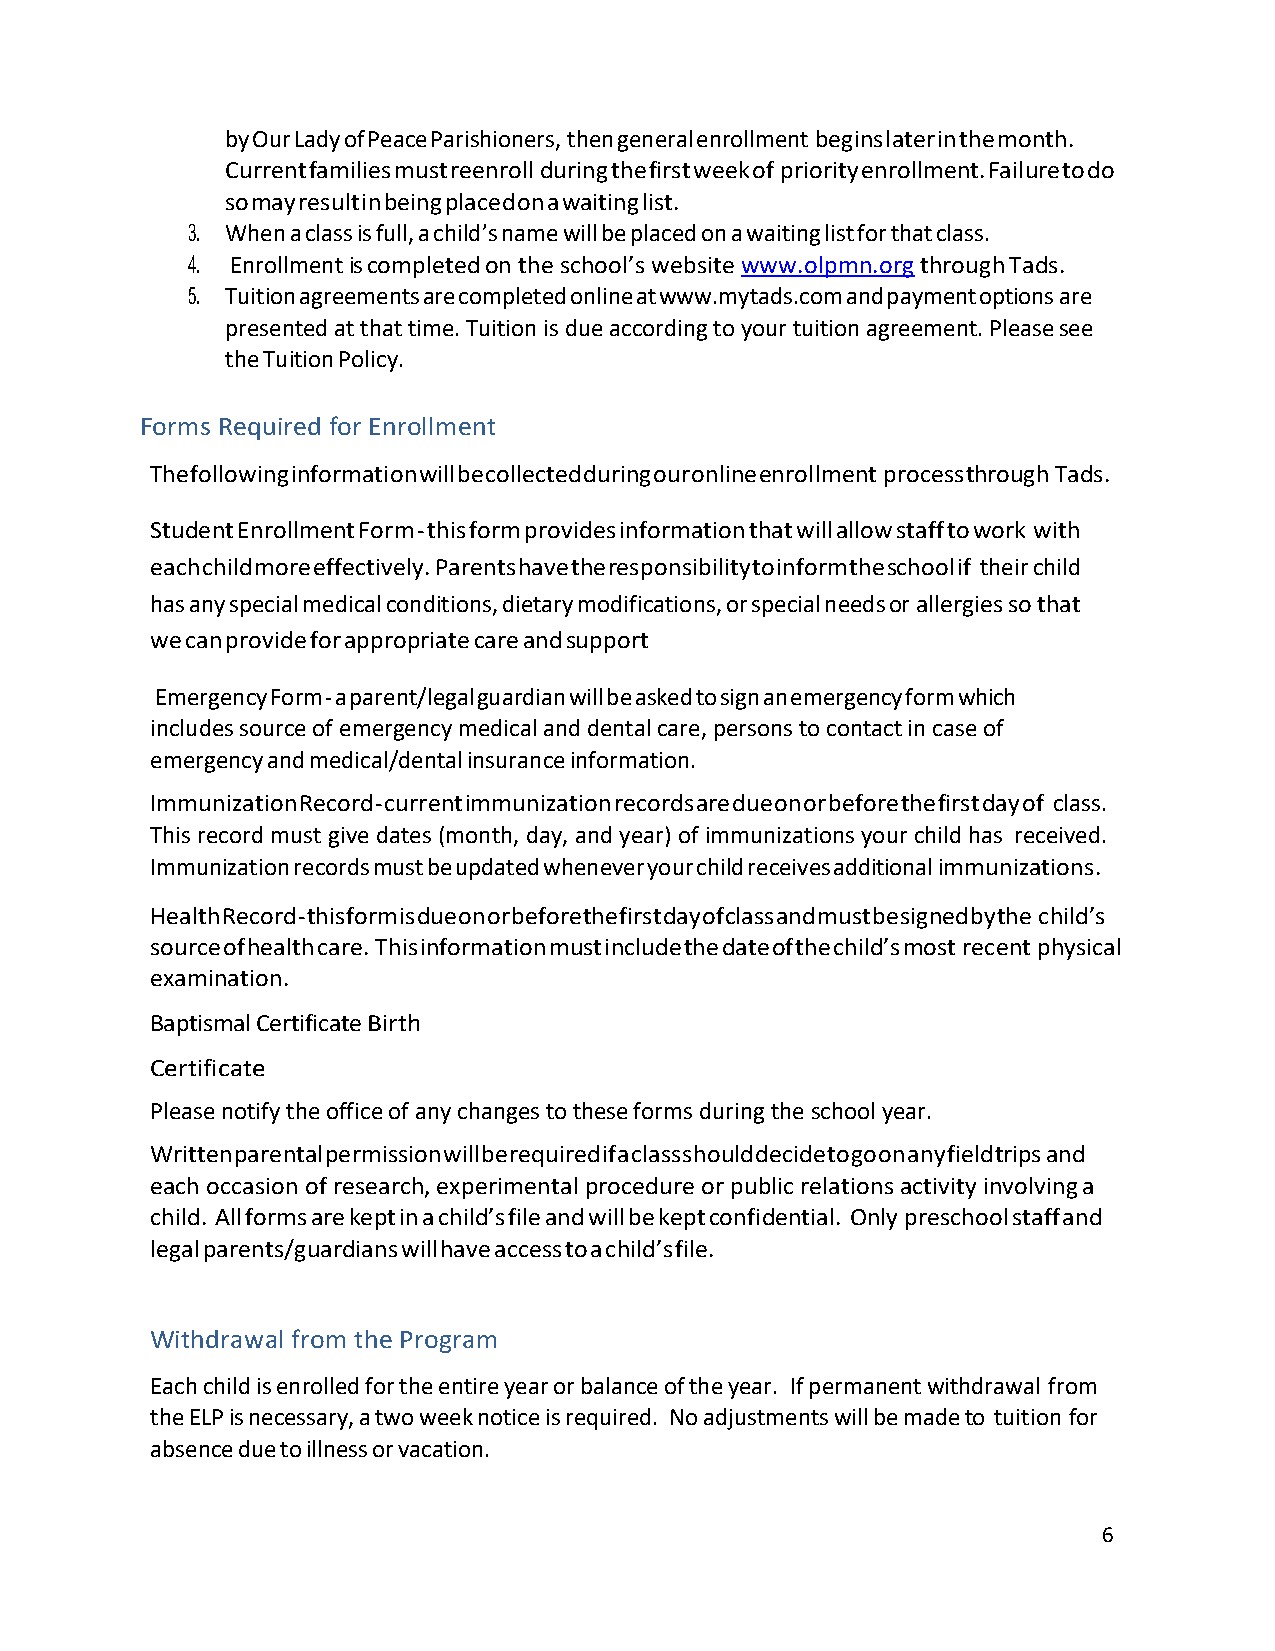
by Our Lady of Peace Parishioners, then general enrollment begins later in the month.
 Current families must reenroll during the first week of priority enrollment. Failure to do
 so may result in being placed on a waiting list.
 3. When a class is full, a child’s name will be placed on a waiting list for that class.
 4. Enrollment is completed on the school’s website www.olpmn.org through Tads.
 5. Tuition agreements are completed online at www.mytads.com and payment options are
 presented at that time. Tuition is due according to your tuition agreement. Please see
 the Tuition Policy.
 Forms Required for Enrollment
 The following information will be collected during our online enrollment process through Tads.
 Student Enrollment Form - this form provides information that will allow staff to work with
 each child more effectively. Parents have the responsibility to inform the school if their child
 has any special medical conditions, dietary modifications, or special needs or allergies so that
 we can provide for appropriate care and support
 Emergency Form - a parent/legal guardian will be asked to sign an emergency form which
 includes source of emergency medical and dental care, persons to contact in case of
 emergency and medical/dental insurance information.
 Immunization Record - current immunization records are due on or before the first day of class.
 This record must give dates (month, day, and year) of immunizations your child has received.
 Immunization records must be updated whenever your child receives additional immunizations.
 Health Record - this form is due on or before the first day of class and must be signed by the child’s
 source of health care. This information must include the date of the child’s most recent physical
 examination.
 Baptismal Certificate Birth
 Certificate
 Please notify the office of any changes to these forms during the school year.
 Written parental permission will be required if a class should decide to go on any field trips and
 each occasion of research, experimental procedure or public relations activity involving a
 child. All forms are kept in a child’s file and will be kept confidential. Only preschool staff and
 legal parents/guardians will have access to a child’s file.
 Withdrawal from the Program
 Each child is enrolled for the entire year or balance of the year. If permanent withdrawal from
 the ELP is necessary, a two week notice is required. No adjustments will be made to tuition for
 absence due to illness or vacation.
 6